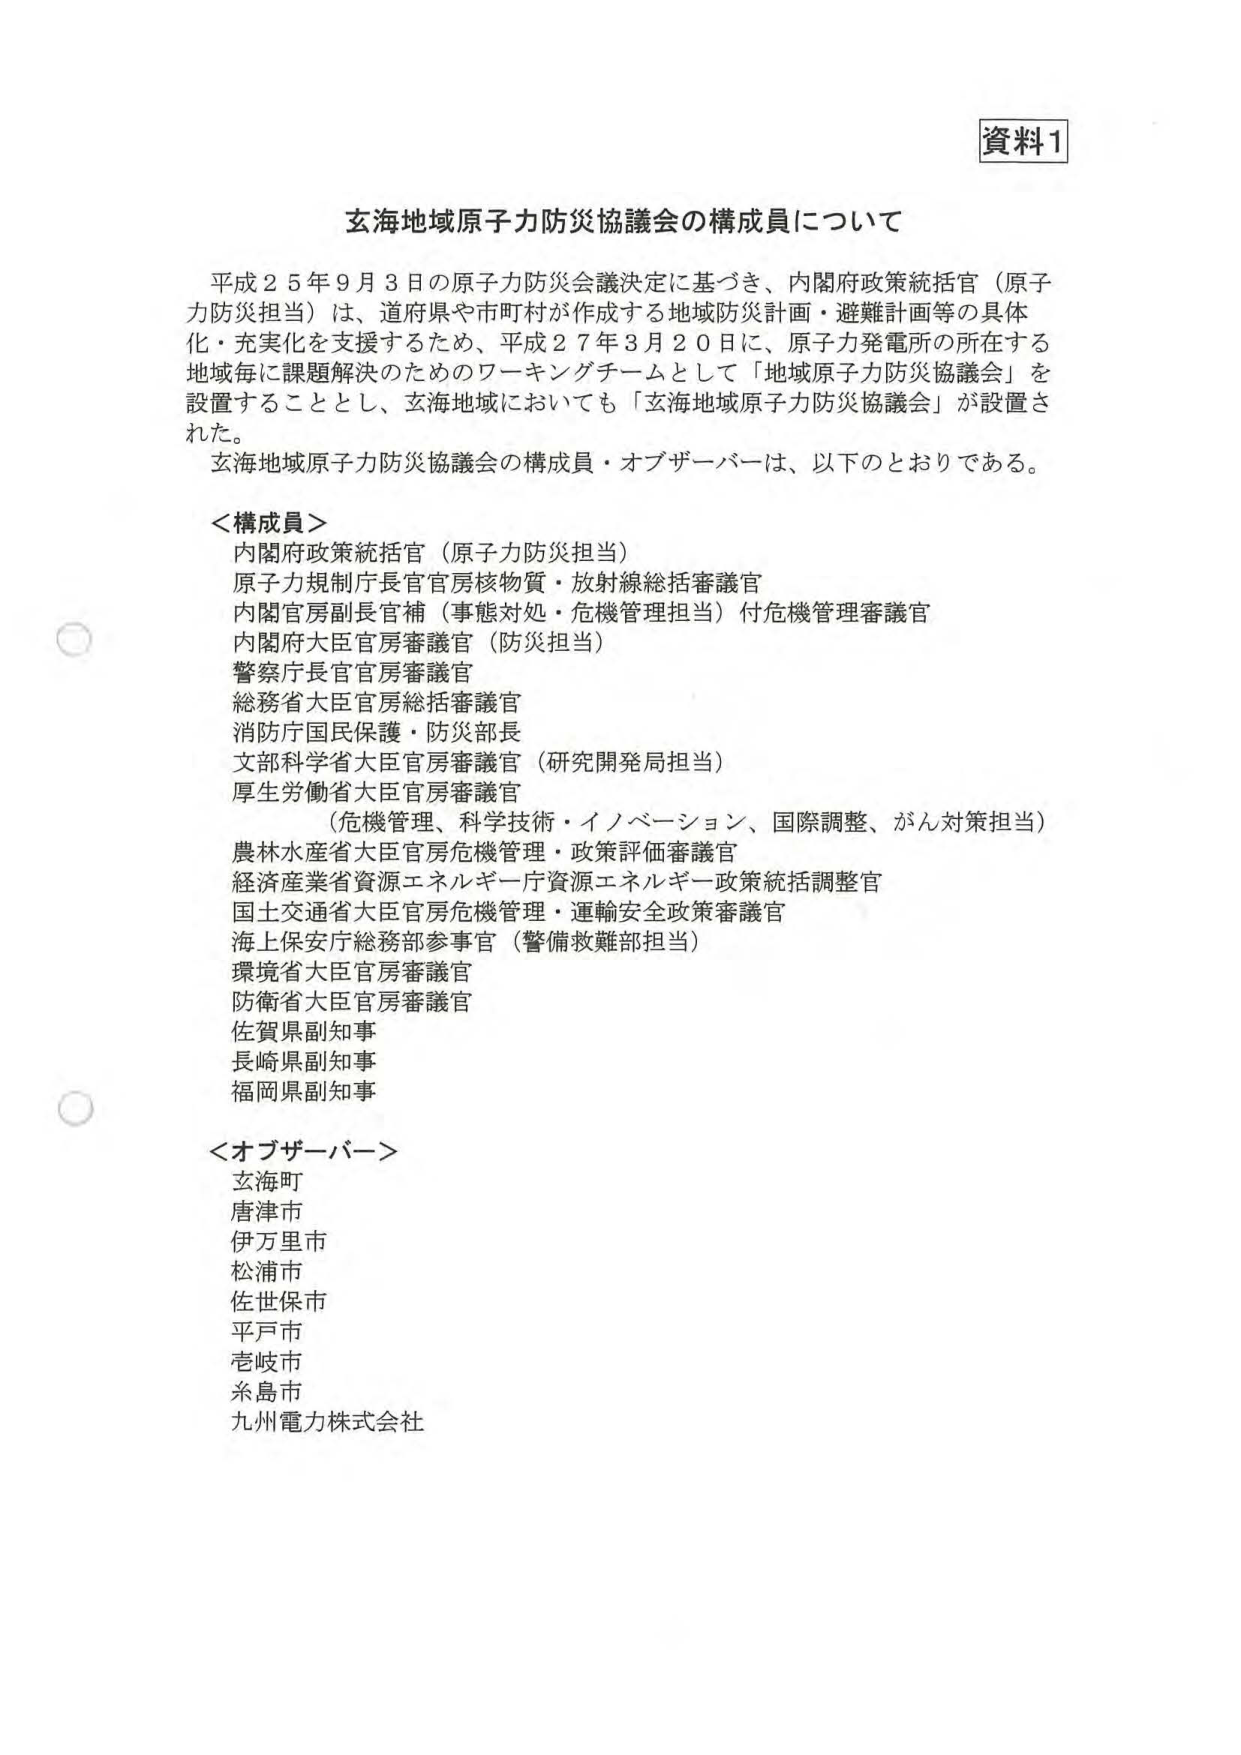
資料1

玄海地域原子力防災協議会の構成員について

平成25年9月3日の原子力防災会議決定に基づき、内閣府政策統括官（原子力防災担当）は、道府県や市町村が作成する地域防災計画・避難計画等の具体化・充実化を支援するため、平成27年3月20日に、原子力発電所の所在する地域毎に課題解決のためのワーキングチームとして「地域原子力防災協議会」を設置することとし、玄海地域においても「玄海地域原子力防災協議会」が設置された。

玄海地域原子力防災協議会の構成員・オブザーバーは、以下のとおりである。

＜構成員＞
内閣府政策統括官（原子力防災担当）
原子力規制庁長官官房核物質・放射線総括審議官
内閣官房副長官補（事態対処・危機管理担当）付危機管理審議官
内閣府大臣官房審議官（防災担当）
警察庁長官官房審議官
総務省大臣官房総括審議官
消防庁国民保護・防災部長
文部科学省大臣官房審議官（研究開発局担当）
厚生労働省大臣官房審議官
（危機管理、科学技術・イノベーション、国際調整、がん対策担当）
農林水産省大臣官房危機管理・政策評価審議官
経済産業省資源エネルギー庁資源エネルギー政策統括調整官
国土交通省大臣官房危機管理・運輸安全政策審議官
海上保安庁総務部参事官（警備救難部担当）
環境省大臣官房審議官
防衛省大臣官房審議官
佐賀県副知事
長崎県副知事
福岡県副知事

＜オブザーバー＞
玄海町
唐津市
伊万里市
松浦市
佐世保市
平戸市
壱岐市
糸島市
九州電力株式会社